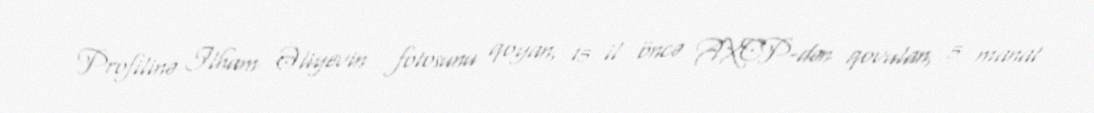
Profilinə Ilham Əliyevin fotosunu qoyan, 15 il öncə AXCP-dən qovulan, 5 manat